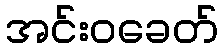
အင်းဝခေတ်